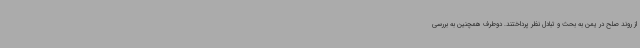
از روند صلح در یمن به بحث و تبادل نظر پرداختند. دوطرف همچنین به بررسی